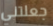
جعلتني